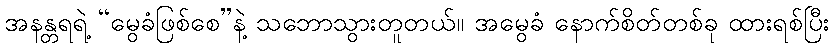
အနန္တရရဲ့ “မွေခံဖြစ်စေ”နဲ့ သဘောသွားတူတယ်။ အမွေခံ နောက်စိတ်တစ်ခု ထားရစ်ပြီး